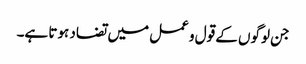
جن لوگوں کے قول و عمل میں تضاد ہوتا ہے۔